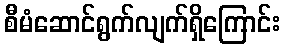
စီမံဆောင်ရွက်လျက်ရှိကြောင်း